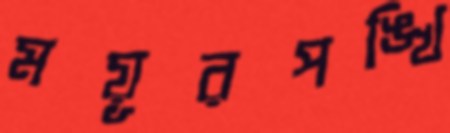
ময়ূরপঙ্খি